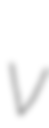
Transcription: v